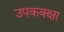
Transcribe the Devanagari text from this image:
उपकक्क्षा